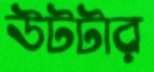
উটটার